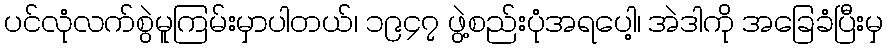
ပင်လုံလက်စွဲမူကြမ်းမှာပါတယ်၊ ၁၉၄၇ ဖွဲ့စည်းပုံအရပေါ့၊ အဲဒါကို အခြေခံပြီးမှ